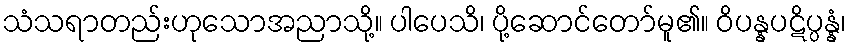
သံသရာတည်းဟုသောအညာသို့။ ပါပေသိ၊ ပို့ဆောင်တော်မူ၏။ ဝိပန္နပဋိပ္ပန္နံ၊